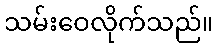
သမ်းဝေလိုက်သည်။